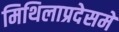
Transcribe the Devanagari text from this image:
मिथिलाप्रदेसमे